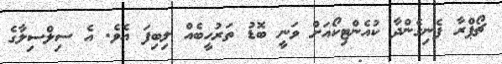
ޗޯޕްރާ ފެނިގެންދާ ކުއެންޓިކޯއަށް ވަނީ ބޮޑު ތަރުހީބެއް ލިބިފަ އެވެ. އެ ސިލްސިލާގެ